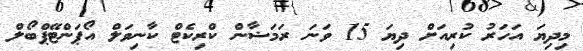
މިދިޔަ އަހަރު ކުރިއަށް ދިޔަ 15 ވަނަ ރަމަޟާން ކްރިކެޓް ކާނިވަލް އޯޕަންޓޭޕްބޯލް